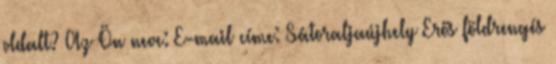
oldalt? Az Ön neve: E-mail címe: Sátoraljaújhely Erős földrengés